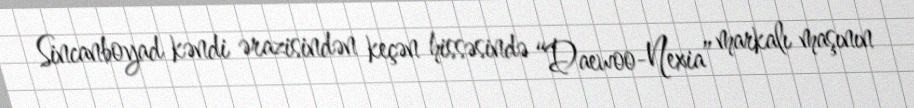
Sincanboyad kəndi ərazisindən keçən hissəsində “Daewoo-Nexia” markalı maşının